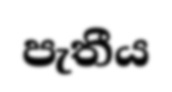
පැතීය